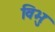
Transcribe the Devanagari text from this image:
विभुः